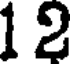
12